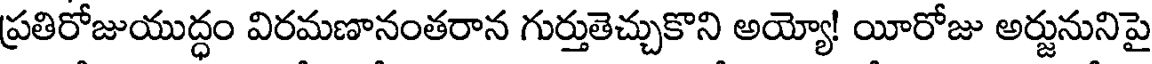
ప్రతిరోజుయుద్ధం విరమణానంతరాన గుర్తుతెచ్చుకొని అయ్యో! యీరోజు అర్జునునిపై